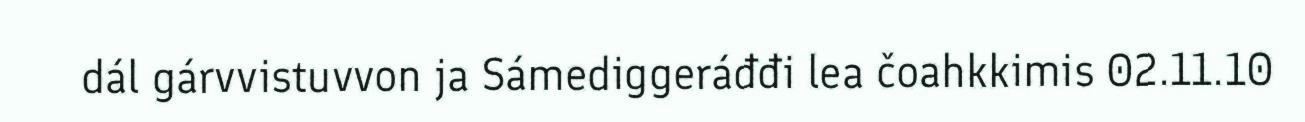
dál gárvvistuvvon ja Sámediggeráđđi lea čoahkkimis 02.11.10